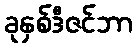
ခုနှစ်ဒီဇင်ဘာ